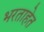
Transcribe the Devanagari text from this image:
भरताहेत